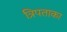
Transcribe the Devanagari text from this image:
त्रिपताका